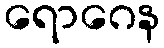
ရောဂေန